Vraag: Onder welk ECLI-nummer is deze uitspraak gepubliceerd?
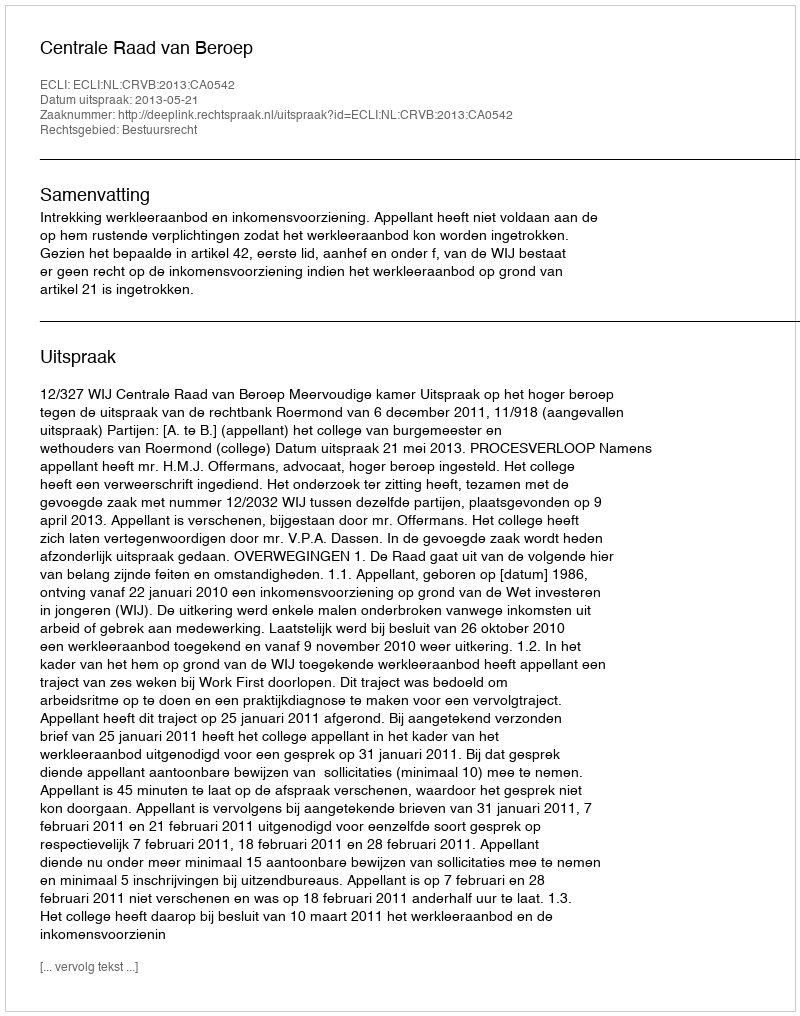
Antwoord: ECLI:NL:CRVB:2013:CA0542